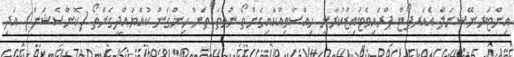
އިންޓަރނޭޝަނަލް އެއަރޕޯޓް ޕްރައިވެޓައިޒްކުރާނީ ހިއްސާވިއްކައިގެންތޯ ނުވަތަ ތަން ހިންގަން ކުއްޔައްދީގެންތޯ (ކޮންސެޝަން) އަދި